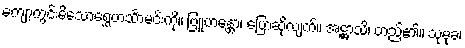
ကျော့ကွင်းမိသောရွှေဟင်္သာမင်းကို။ ဗြူဟန္တော၊ ပြောဆိုလျက်။ အဋ္ဌာသိ၊ တည်၏။ သုမုခ၊